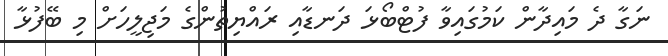
ނަގާ ދެ މައިދާން ކަމުގައިވާ ފުޓްބޯޅަ ދަނޑާއި ރައްޔިތުންގެ މަޖިލީހަށް މި ބޭފުޅާ